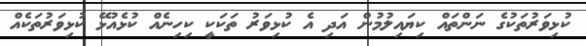
ކުޅިވަރުތަކުގެ ނަންތައް ކިޔައިލުމުން އަދި އެ ކުޅިވަރު ތަކަކީ ކިހިނެއް ކުޅެއުޅޭ ކުޅިވަރުތަކެއް